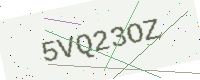
Text: 5VQ23OZ